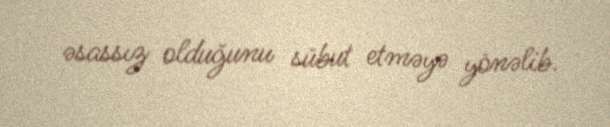
əsassız olduğunu sübut etməyə yönəlib.